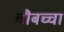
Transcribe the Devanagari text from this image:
चौबच्चा